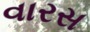
વારસ